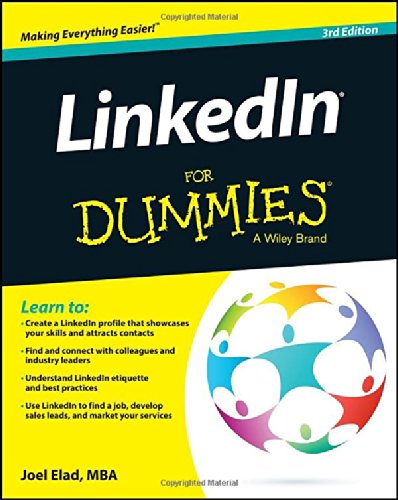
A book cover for LinkedIn For Dummies; Joel Elad; Computers & Technology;